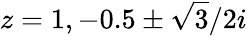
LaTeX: z=1,-0.5\pm{\sqrt{3}}/2i